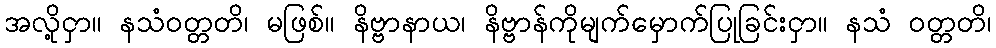
အလို့ငှာ။ နသံဝတ္တတိ၊ မဖြစ်။ နိဗ္ဗာနာယ၊ နိဗ္ဗာန်ကိုမျက်မှောက်ပြုခြင်းငှာ။ နသံ ဝတ္တတိ၊